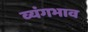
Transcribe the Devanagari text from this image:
व्यंगभाव